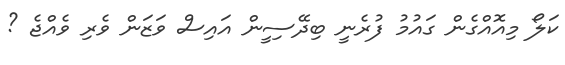
ކަލޯ މިއޮއްގެން ގައުމު ފުރެނީ ބިދޭސިީން އައިސް ވަޒަން ވެރި ވެއްޖެ ?